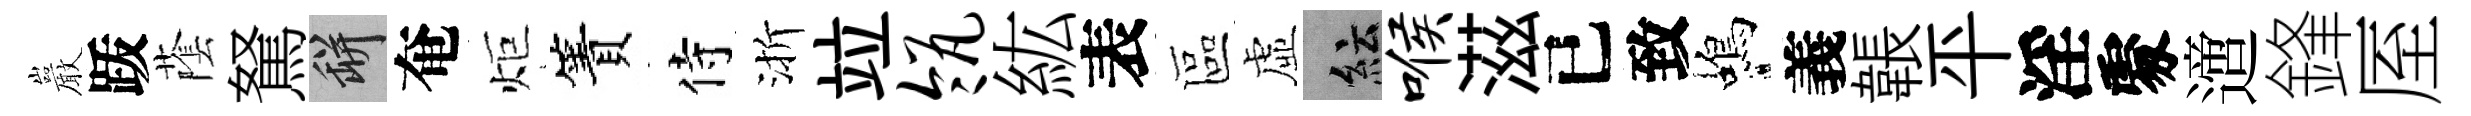
巖䟦䕃駑瓶奄炬簀侍渐竝瓴紘表區虛紜喉滋已致蝎義韔平淫𠁅𨗁鋒厔